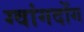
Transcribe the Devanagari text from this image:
ग्वांगदोंग